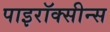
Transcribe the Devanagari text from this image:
पाइरॉक्सीन्स